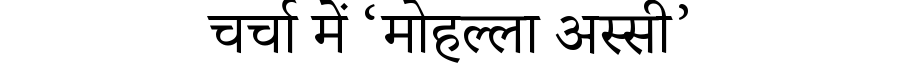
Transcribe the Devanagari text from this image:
चर्चा में ‘मोहल्ला अस्सी’